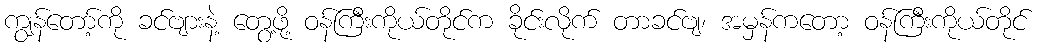
ကျွန်တော့်ကို ခင်ဗျားနဲ့ တွေ့ဖို့ ဝန်ကြီးကိုယ်တိုင်က ခိုင်းလိုက် တာခင်ဗျ၊ အမှန်ကတော့ ဝန်ကြီးကိုယ်တိုင်